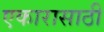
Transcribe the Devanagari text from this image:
एकारासाठी